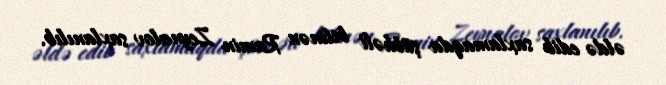
əldə edib saxlamaqda şübhəli bilinən Ramin Zeynalov saxlanılıb.